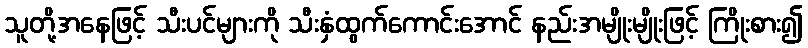
သူတို့အနေဖြင့် သီးပင်များကို သီးနှံထွက်ကောင်းအောင် နည်းအမျိုးမျိုးဖြင့် ကြိုးစား၍